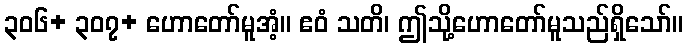
၃၀၆+ ၃၀၇+ ဟောတော်မူအံ့။ ဧဝံ သတိ၊ ဤသို့ဟောတော်မူသည်ရှိသော်။